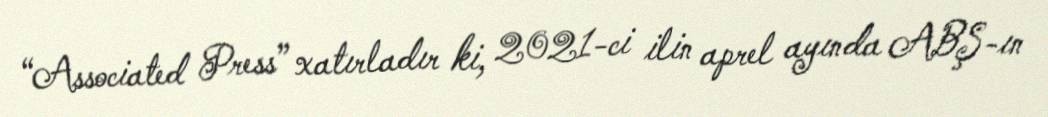
“Associated Press” xatırladır ki, 2021-ci ilin aprel ayında ABŞ-ın